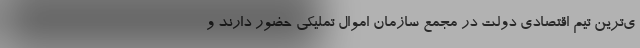
ی‌ترین تیم اقتصادی دولت در مجمع سازمان اموال تملیکی حضور دارند و